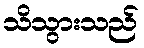
သိသွားသည်